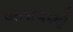
બતાવશો